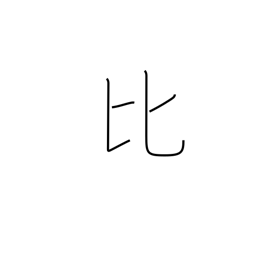
Meaning: Philippines